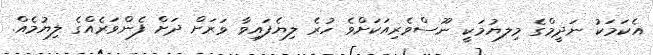
އެކަމަކު ނަދީމްގެ މިލޔުމަކީ ނޫސްވެރިއަކަށްވެ ހުރެ ލިޔެފައިވާ ވަރަށް ދަށް ފެންވަރެއްގެ ލިޔުމެއް.